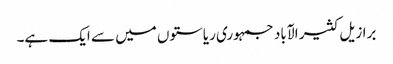
برازیل کثیر الآباد جمہوری ریاستوں میں سے ایک ہے۔